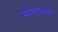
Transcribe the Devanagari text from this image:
मनोभावनाआें